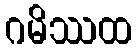
ဂမိဿထ